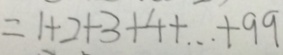
= 1 + 2 + 3 + 4 + \cdots + 9 9